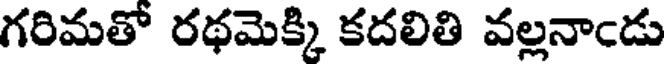
గరిమతో రథమెక్కి కదలితి వల్లనాఁడు